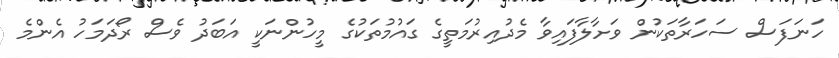
ހަނަފަސް ސަހަރާތަކުން ވަށާލާފައިވާ މެދުއިރުމަތީގެ ގައުމުތަކުގެ މީހުންނަކީ އަބަދު ވެސް ރޯދަމަހު އެންމެ